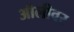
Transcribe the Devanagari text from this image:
ऑलीवर